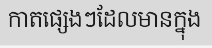
កាតផ្សេងៗដែលមានក្នុង